Indian journal of veterinary science and animal husbandry - Volumes 26-27, 1956-1957
Year: 1956
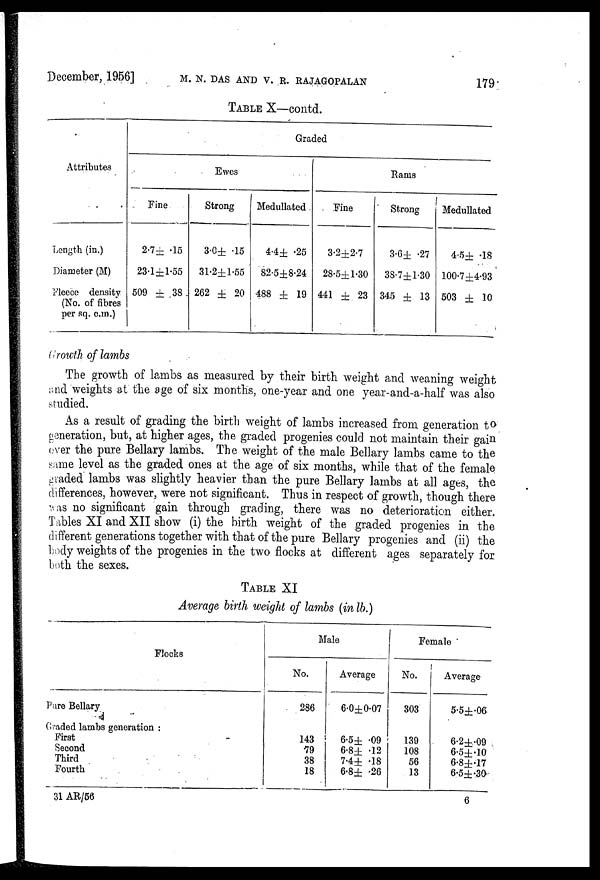
December, 1956] M. N. DAS AND V. R. RAJAGOPALAN 179
TABLE X—contd.
Attributes
Length (in.)
Diameter (M)
Fleece density
(No. of fibres
per sq. c.m.)
Graded
Ewes
Fine
2.7± .15
23.1±1.55
509 ± 38
Strong
3.0± .15
31.2±1.55
262 ± 20
Medullated
4.4± .25
82.5±8.24
488 ± 19
Rams
Fine
3.2±2.7
28.5±1.30
441 ± 23
Strong
3.6± .27
38.7±1.30
345 ± 13
Medullated
4.5±.18
100.7±4.93
503 ± 10
Growth of lambs
The growth of lambs as measured by their birth weight and weaning weight
and weights at the age of six months, one-year and one year-and-a-half was also
studied.
As a result of grading the birth weight of lambs increased from generation to
generation, but, at higher ages, the graded progenies could not maintain their gain
ever the pure Bellary lambs. The weight of the male Bellary lambs came to the
same level as the graded ones at the age of six months, while that of the female
graded lambs was slightly heavier than the pure Bellary lambs at all ages, the
differences, however, were not significant. Thus in respect of growth, though there
was no significant gain through grading, there was no deterioration either.
Tables XI and XII show (i) the birth weight of the graded progenies in the
different generations together with that of the pure Bellary progenies and (ii) the
body weights of the progenies in the two flocks at different ages separately for
both the sexes.
TABLE XI
Average birth weight of lambs (in lb.)
Flocks
Pure Bellary
Graded lambs generation:
First
Second
Third
Fourth
Male
No.
286
143
79
38
18
Average
6.0±0.07
6.5± .09
6.8± .12
7.4± .18
6.8± .26
Female
No.
303
139
108
56
13
Average
5.5±.06
6.2±.09
6.5±.10
6.8±.17
6.5±.30
31 AR/56
6